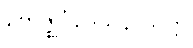
ဗောဇ္ဈင်္ဂဒေသနာသုတ္တ